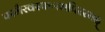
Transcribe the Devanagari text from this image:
परमैरवस्फःरमपिरस्मद्